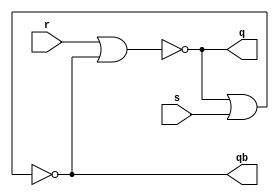
`timescale 1ns / 1ps
//////////////////////////////////////////////////////////////////////////////////
// Company: 
// Engineer: 
// 
// Design Name: 
// Module Name: nor_rs
// Project Name: 
// Target Devices: 
// Tool Versions: 
// Description: 
// 
// Dependencies: 
// 
// Revision:
// Revision 0.01 - File Created
// Additional Comments:
// 
//////////////////////////////////////////////////////////////////////////////////


module nor_rs(q,qb,r,s);
    output q,qb;
    input r,s;
    
nor #1 n1(q,r,qb);
nor #1 n2(qb,q,s);

endmodule